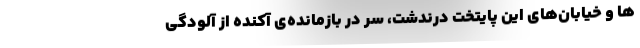
ها و خیابان‌های این پایتختِ درندشت، سر در بازمانده‌ی آکنده از آلودگی